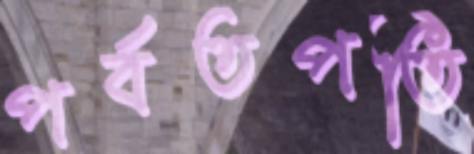
পর্বতপতি